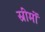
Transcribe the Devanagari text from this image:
स्रीमों